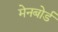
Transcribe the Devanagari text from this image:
मेनबोर्ड